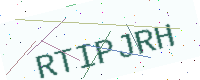
Text: RTIPJRH